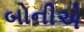
બોનીએ